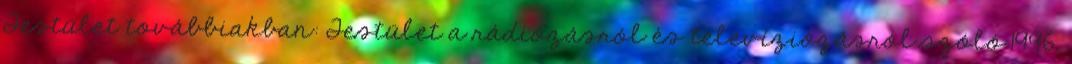
Testület továbbiakban: Testület a rádiózásról és televíziózásról szóló 1996.